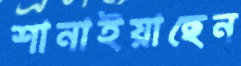
শানাইয়াছেন